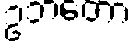
ဥဘတော